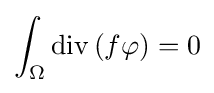
\int _{\Omega }\operatorname {div} \left(f\mathbf {\varphi } \right)=0